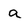
Character: a